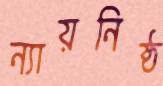
ন্যায়নিষ্ঠ